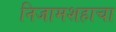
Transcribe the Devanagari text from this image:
निजामशहाचा